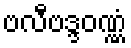
ဗလီဗဒ္ဒဝဏ္ဏံ